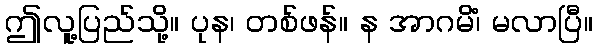
ဤလူ့ပြည်သို့။ ပုန၊ တစ်ဖန်။ န အာဂမိံ၊ မလာပြီ။